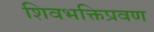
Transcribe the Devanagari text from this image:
शिवभक्तिप्रवण